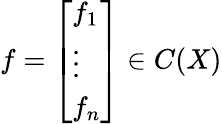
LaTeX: f={\left[\begin{array}{l}{f_{1}}\\ {\vdots}\\ {f_{n}}\end{array}\right]}\in C(X)